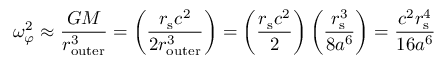
\omega _ { \varphi } ^ { 2 } \approx { \frac { G M } { r _ { \mathrm { o u t e r } } ^ { 3 } } } = \left( { \frac { r _ { \mathrm { { s } } } c ^ { 2 } } { 2 r _ { \mathrm { o u t e r } } ^ { 3 } } } \right) = \left( { \frac { r _ { \mathrm { { s } } } c ^ { 2 } } { 2 } } \right) \left( { \frac { r _ { \mathrm { { s } } } ^ { 3 } } { 8 a ^ { 6 } } } \right) = { \frac { c ^ { 2 } r _ { \mathrm { { s } } } ^ { 4 } } { 1 6 a ^ { 6 } } }